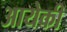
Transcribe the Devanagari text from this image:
आयेकी